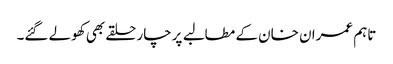
تاہم عمران خان کے مطالبے پرچار حلقے بھی کھولے گئے۔